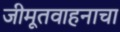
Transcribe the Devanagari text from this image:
जीमूतवाहनाचा